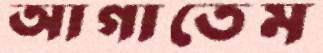
আগাতেম